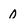
Character: 0